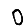
Digit: 0